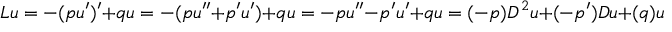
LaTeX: L u = - ( p u ^ { \prime } ) ^ { \prime } + q u = - ( p u ^ { \prime \prime } + p ^ { \prime } u ^ { \prime } ) + q u = - p u ^ { \prime \prime } - p ^ { \prime } u ^ { \prime } + q u = ( - p ) D ^ { 2 } u + ( - p ^ { \prime } ) D u + ( q ) u . \;